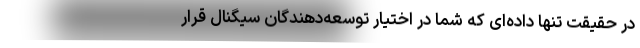
در حقیقت تنها داده‌ای که شما در اختیار توسعه‌دهندگان سیگنال قرار